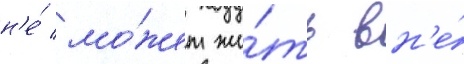
н'е́ мо́жет жи́ть вн'е́